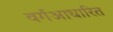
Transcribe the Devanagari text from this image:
वर्गआधारित